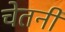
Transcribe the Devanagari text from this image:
चेतनी